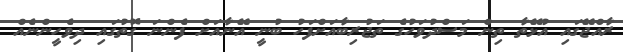
ރާއްޖޭގައި އުޅޭތާ ތިން މަސްދުވަހުގެ ތަޖުރިބާއަށްފަހު ބުނީ އޭނާއަށް ފެންނަ ގޮތުގައި ދިވެހީންނެއް